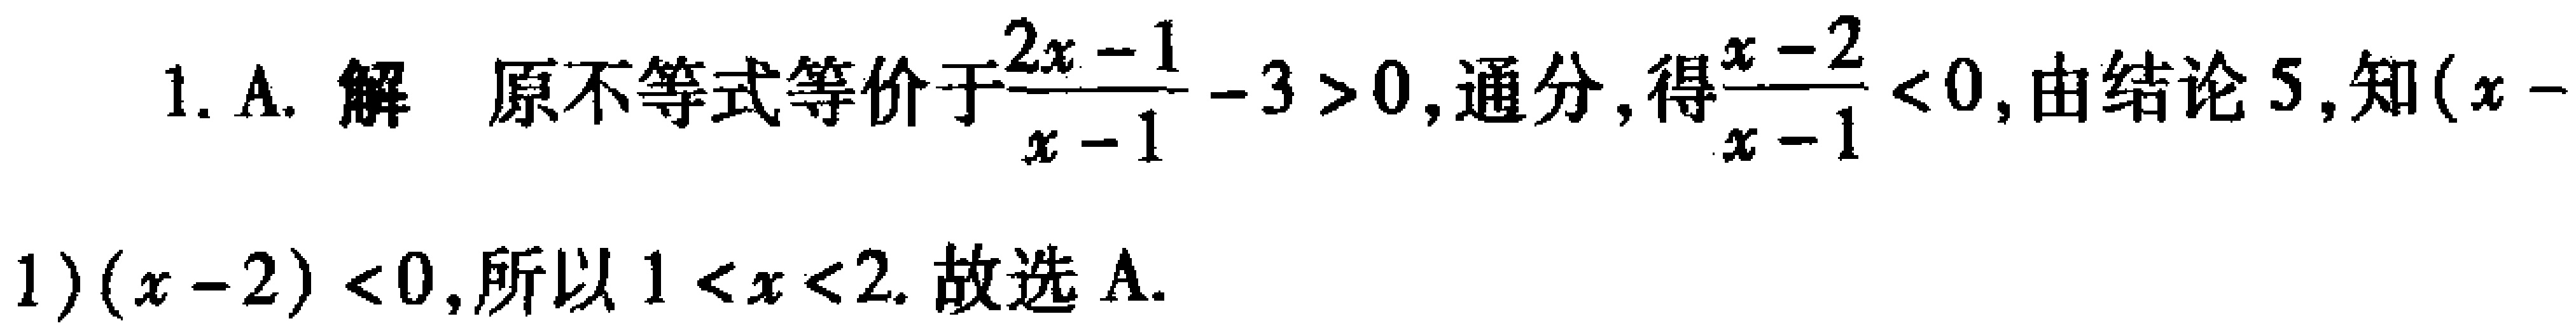
1. A. 解 原不等式等价于$\frac{2x - 1}{x - 1}-3>0$, 通分, 得$\frac{x - 2}{x - 1}<0$, 由结论 5, 知$(x - 1)(x - 2)<0$, 所以$1<x<2$. 故选 A.